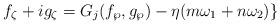
LaTeX: \begin{align*} f_\zeta+ig_\zeta= G_{j}(f_\wp,g_\wp)-\eta(m\omega_1+n\omega_2)\}\end{align*}